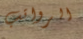
الرواتب